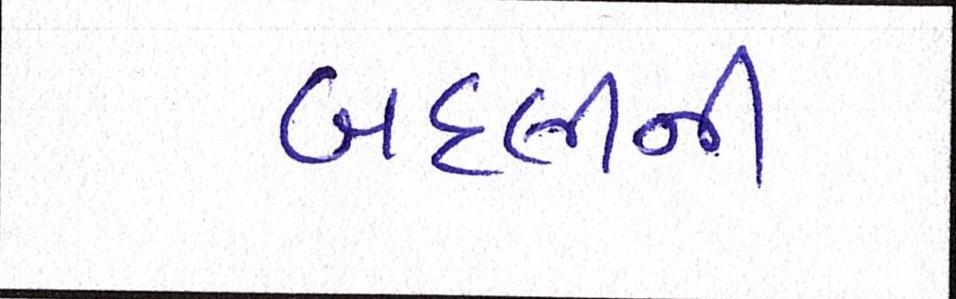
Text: બદલીની